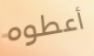
أعطوه